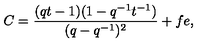
C = \frac { ( q t - 1 ) ( 1 - q ^ { - 1 } t ^ { - 1 } ) } { ( q - q ^ { - 1 } ) ^ { 2 } } + f e ,